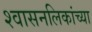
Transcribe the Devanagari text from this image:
श्वासनलिकांच्या